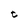
Character: t